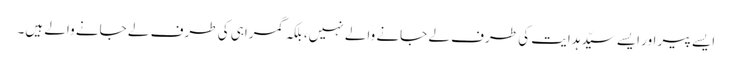
ایسے پیر اور ایسے سیّد ہدایت کی طرف لے جانے والے نہیں، بلکہ گمراہی کی طرف لے جانے والے ہیں۔